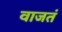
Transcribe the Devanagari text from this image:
वाजतं